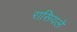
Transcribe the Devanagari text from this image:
रासियले